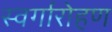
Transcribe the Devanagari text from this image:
स्‍वर्गारोहण